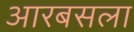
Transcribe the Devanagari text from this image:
आरबसला